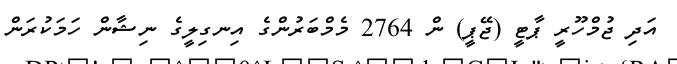
އަދި ޖުމްހޫރީ ޕާޓީ (ޖޭޕީ) ން 2764 މެމްބަރުންގެ އިނގިލީގެ ނިޝާން ހަމަކުރަން